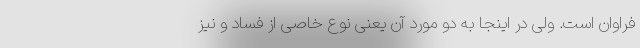
فراوان است. ولی در اینجا به دو مورد آن یعنی نوع خاصی از فساد و نیز